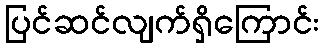
ပြင်ဆင်လျက်ရှိကြောင်း